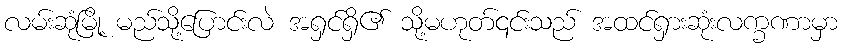
လမ်းဆုံမြို့ မည်သို့ပြောင်းလဲ အရှင်ရှိ၏ သို့မဟုတ်၎င်းသည် အထင်ရှားဆုံးလက္ခဏာမှာ